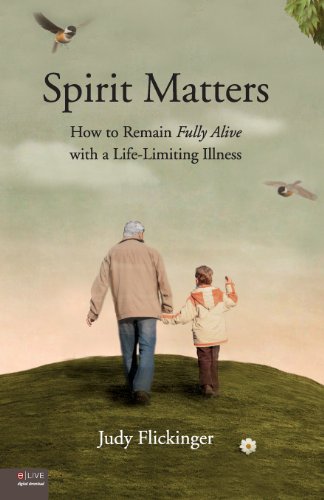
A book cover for Spirit Matters: How to Remain Fully Alive with a Life-Limiting Illness; Judy Flickinger; Self-Help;